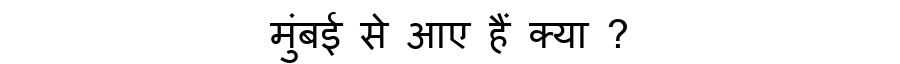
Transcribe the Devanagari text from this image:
मुंबई से आए हैं क्या ?